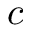
c